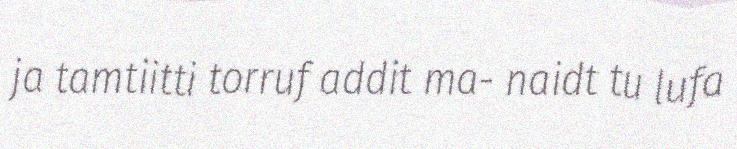
ja tamtiitti torruf addit ma- naidt tu lufa